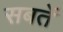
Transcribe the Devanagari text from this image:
सबतें